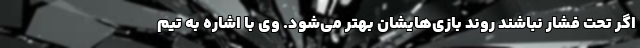
اگر تحت فشار نباشند روند بازی‌هایشان بهتر می‌شود. وی با اشاره به تیم